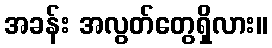
အခန်း အလွတ်တွေရှိလား။